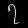
Digit: ၇